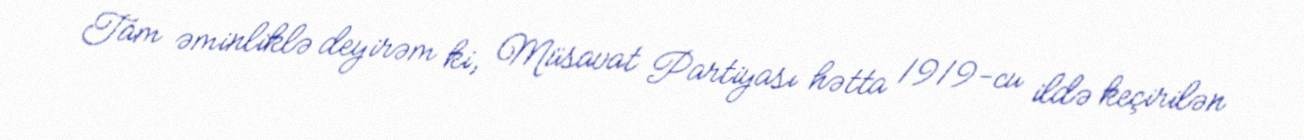
Tam əminliklə deyirəm ki, Müsavat Partiyası hətta 1919-cu ildə keçirilən